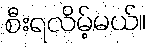
စီးရလိမ့်မယ်။